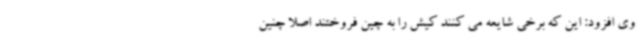
وی افزود: این که برخی شایعه می کنند کیش را به چین فروختند اصلا چنین